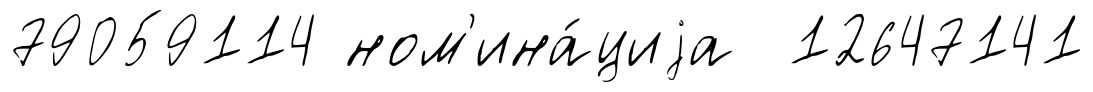
79059114 ном'ина́циjа 12647141